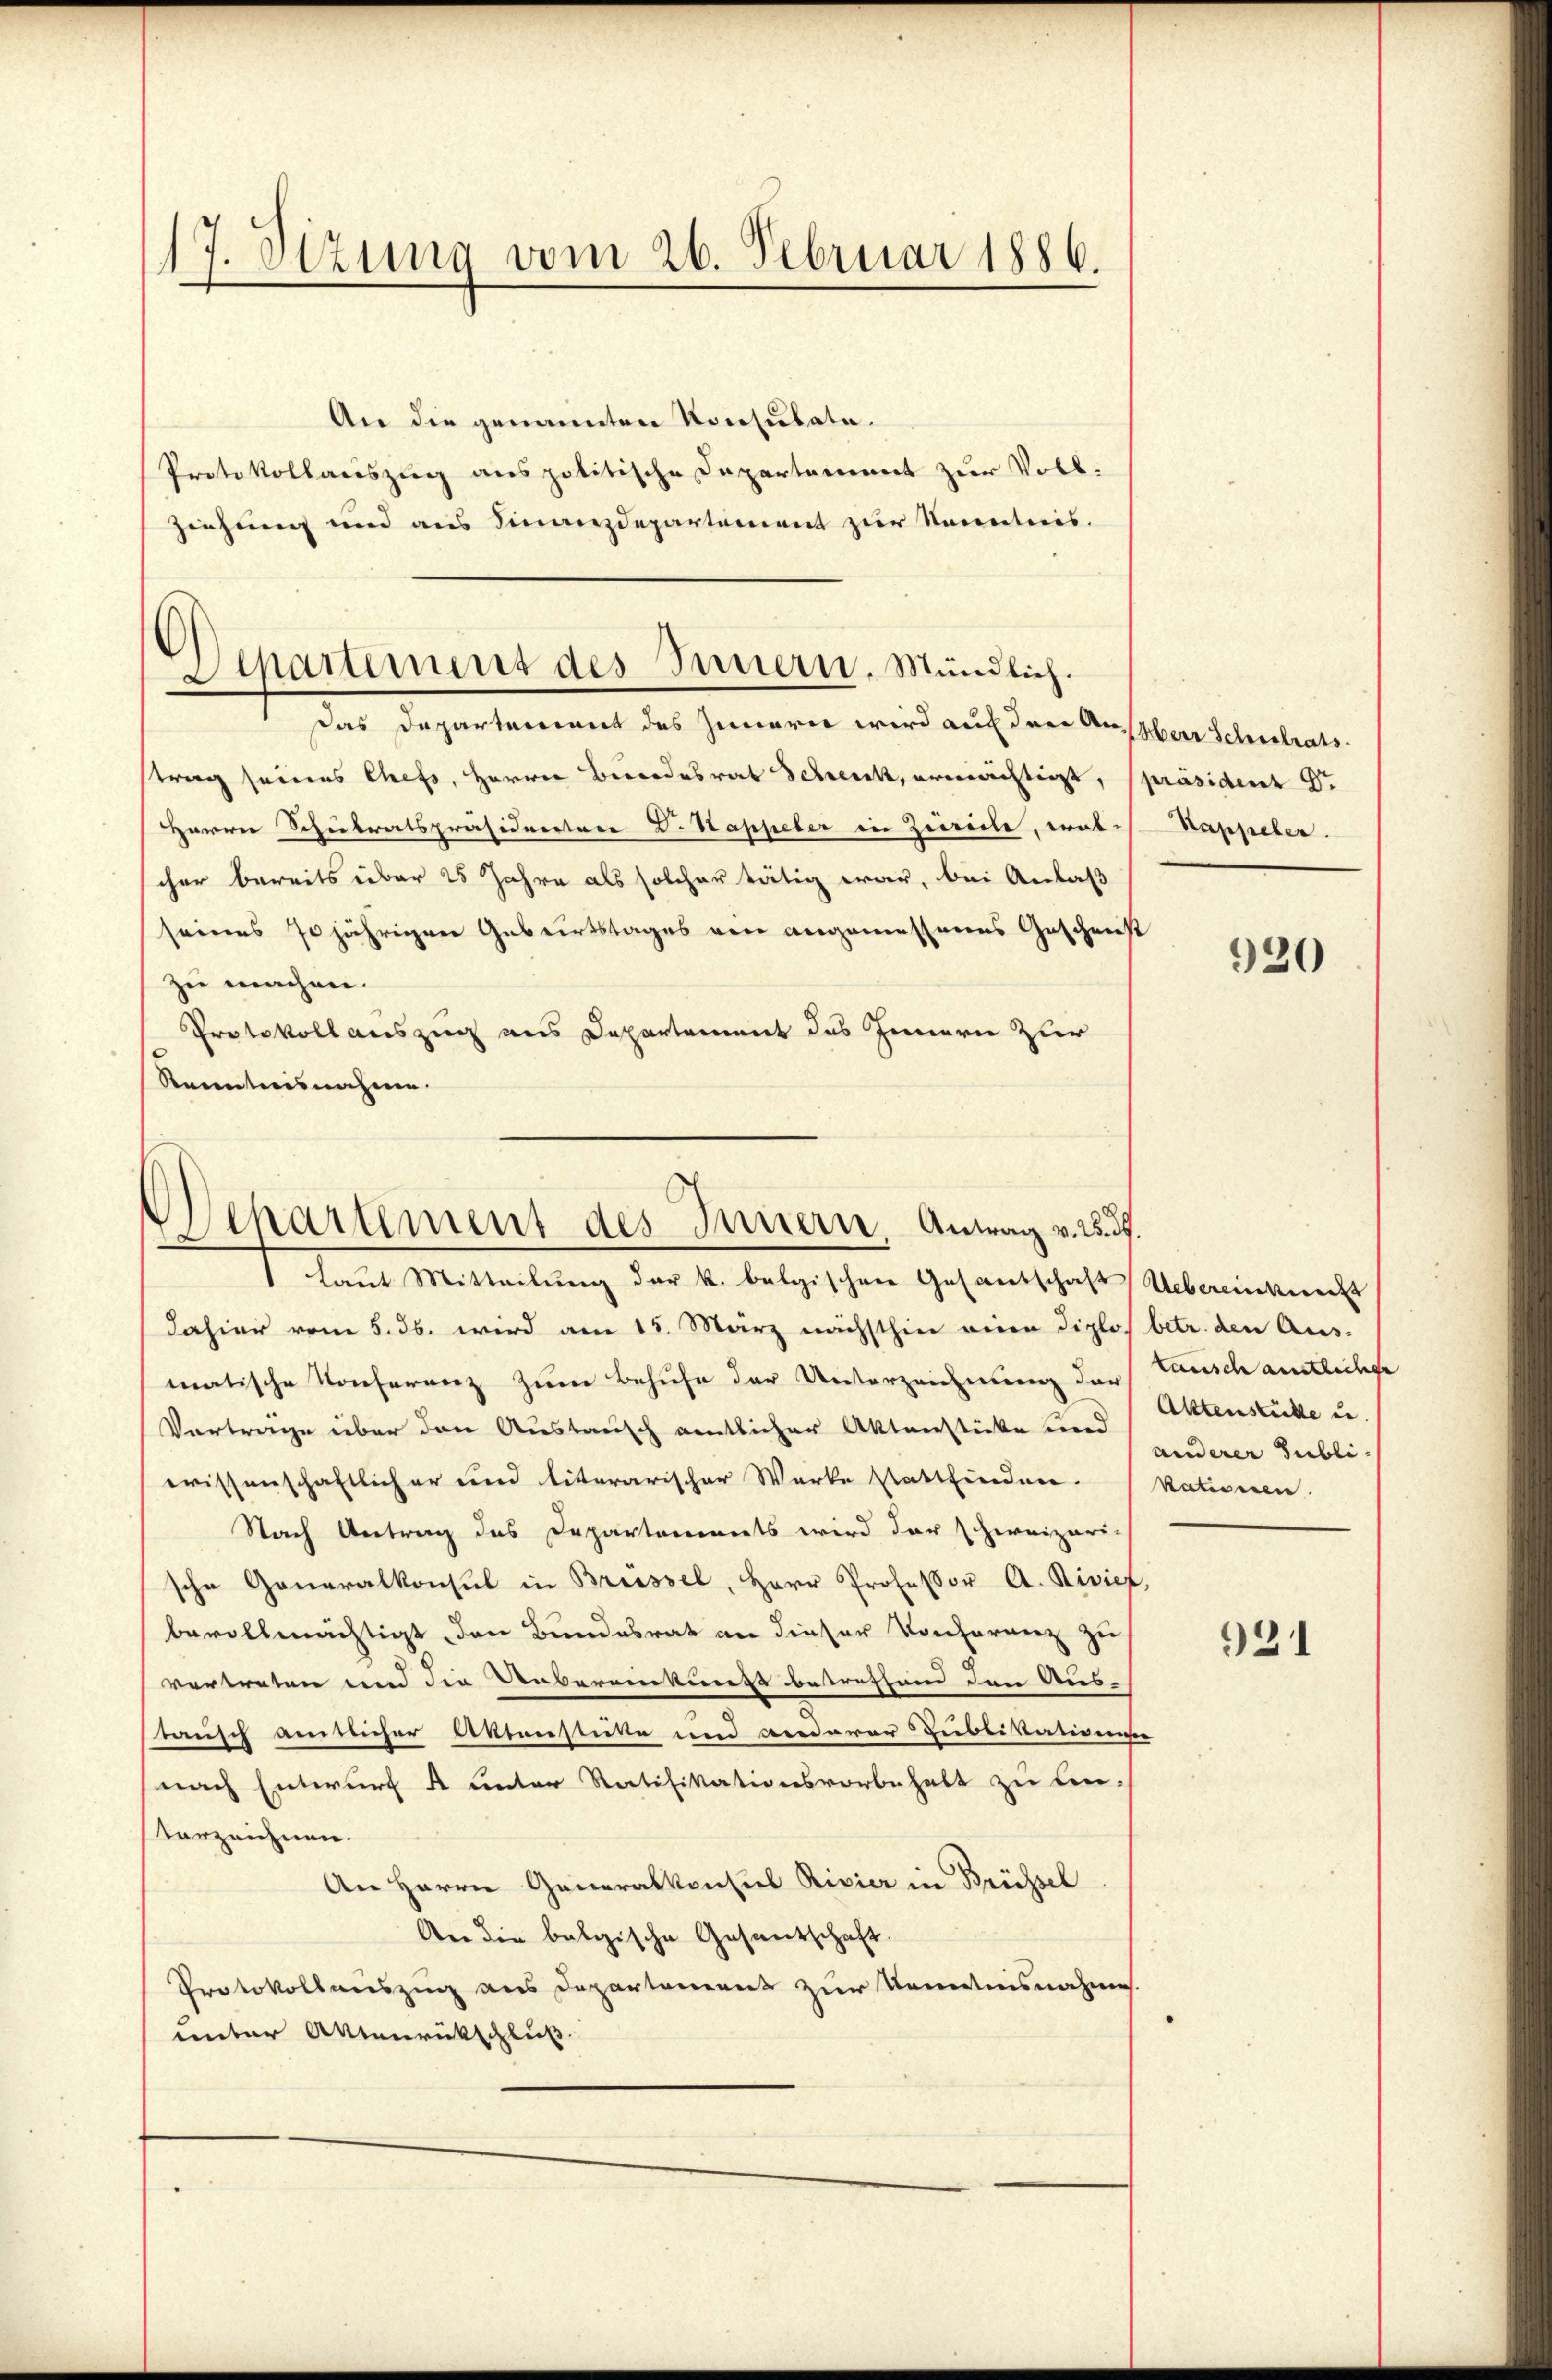
17. Otzung vom 26. Februar 1886.

An die genannten Konsulate.
Protokollauszug aus politische Departement zur Voll¬
Ziehung und aus Finanzdepartement zur Kenntnis.

Departement des Innern, Mündlich.

Das Departement des Innern wird auf drei An Herr Schulratstrag seines Chefs, Herrn Bundesrat Schenk, ermächtigt, spräsident Dr.
Harrer Schnetratspräsiderstere D. Sappeler in Zeirecte, was Kappeler.
cher bereits über 25 Jahre als solcher tätig war, bei Anlaß
seines 70jährigen Geburtstages ein angemessenes Geschenst
zu machen.
Protokoll auszug aus Departement das Innern zur
Kenntnisnahme.

Separtement des Innern, Antrag v. 2. d.
Laut Mitteilung der k. belgischen Gesantschaft Uebereinkungs

dahier vom 5. ds. wird am 15. März nächsthin einen Diplos betr. den Aus-
matische Konferenz zum Behufe der Unterzeichnung der Zusch amtlichte
Verträge über den Austausch amtlicher Aktenstücke und
wissenschaftlicher und literarischer Werke stattfinden. (Kationen.
Nach Antrag des Departements wird der schweizeri-
sche Generalkonsul in Brüssel, Herr Professor A. Rivief,
bevollmächtigt, den Bundesrat an dieser Konferenz zu
vertreten und die Unbereinkunft betreffend den Aus-
tausch anlicher Aktenstücke um Bedarer Zubeikammen
nach Entwurf 4 unter Ratifikationsvorbehalt zu ein-
verzeichnen.
An Herrn Generalkonsul Rivier in Brüssel
An die beleische Gesandschaft.
Protokollauszug aus Departement zur Kenntnisnahmes.
unter Altenrückschluß

920

Alttenstückte in
anderer Subli-

921